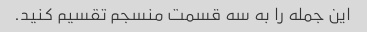
این جمله را به سه قسمت منسجم تقسیم کنید.